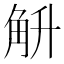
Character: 𮗤